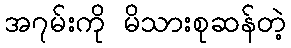
အ၇မ်းကို မိသားစုဆန်တဲ့